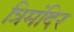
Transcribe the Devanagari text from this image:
त्रिमंदिर